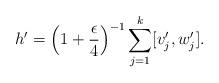
LaTeX: \begin{align*}h'=\Big(1+\frac \epsilon 4\Big)^{-1} \sum_{j=1}^k [v'_j,w'_j ].\end{align*}